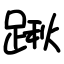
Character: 踿